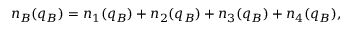
n _ { B } ( q _ { B } ) = n _ { 1 } ( q _ { B } ) + n _ { 2 } ( q _ { B } ) + n _ { 3 } ( q _ { B } ) + n _ { 4 } ( q _ { B } ) ,